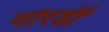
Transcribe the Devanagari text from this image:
गोरडी